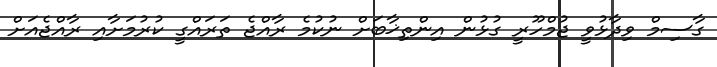
ގާސިމް ވިދާޅުވީ ޖުމްހޫރީ ގުޅުން އިންތިޚާބަށް ނުކުމެ ރާއްޖެ ތަރައްގީ ކުރުމަށާއި ރާއްޖެއަށް